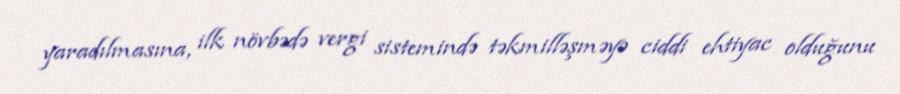
yaradılmasına, ilk növbədə vergi sistemində təkmilləşməyə ciddi ehtiyac olduğunu